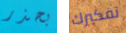
بحذر تفكيرك